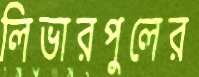
লিভারপুলের